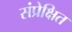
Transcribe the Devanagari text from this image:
संप्रेक्षित